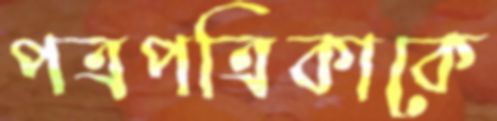
পত্রপত্রিকাকে